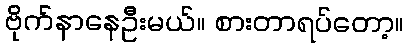
ဗိုက်နာနေဦးမယ်။ စားတာရပ်တော့။